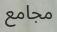
مجامع